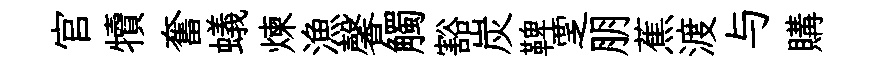
官犢奮蟻煉漁馨觸豁炭鞞覂朋蕉渡与購